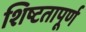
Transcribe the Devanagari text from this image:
शिष्टतापूर्ण